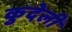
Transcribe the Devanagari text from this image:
कुदेली